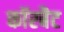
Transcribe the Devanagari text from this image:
कॉरबैट